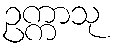
ဥက္ကာသု